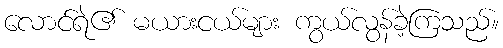
လောင်ရဲ၏ မယားငယ်များ ကွယ်လွန်ခဲ့ကြသည်။